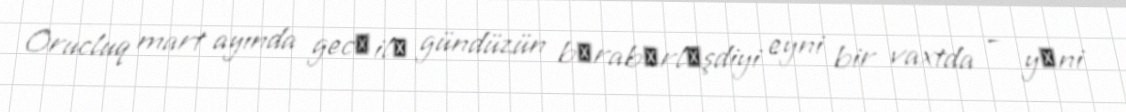
Orucluq mart ayında gecә ilә gündüzün bәrabәrlәşdiyi eyni bir vaxtda – yәni